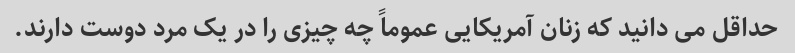
حداقل می دانید که زنان آمریکایی عموماً چه چیزی را در یک مرد دوست دارند.